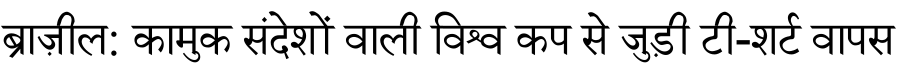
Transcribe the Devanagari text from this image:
ब्राज़ील: कामुक संदेशों वाली विश्व कप से जुड़ी टी-शर्ट वापस